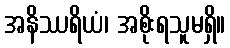
အနိဿရိယံ၊ အစိုးရသူမရှိ။